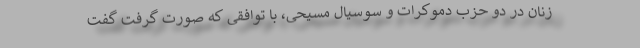
زنان در دو حزب دموکرات و سوسیال مسیحی، با توافقی که صورت گرفت گفت